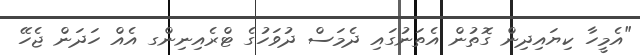
"އެމީހާ ކިޔައިދިން ގޮތުން އެތަނުގައި ދެމަސް ދުވަހުގެ ޓްރެއިނިންގ އެއް ހަދަން ޖެހޭ